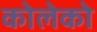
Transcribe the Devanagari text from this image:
कोलेको